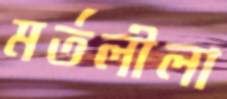
মর্তলীলা